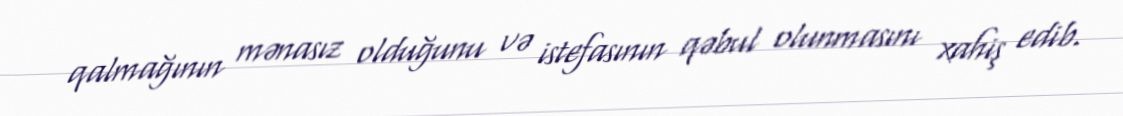
qalmağının mənasız olduğunu və istefasının qəbul olunmasını xahiş edib.